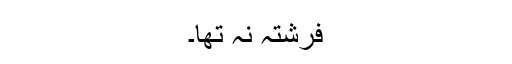
فرشتہ نہ تھا۔